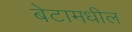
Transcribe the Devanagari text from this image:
बेटामधील